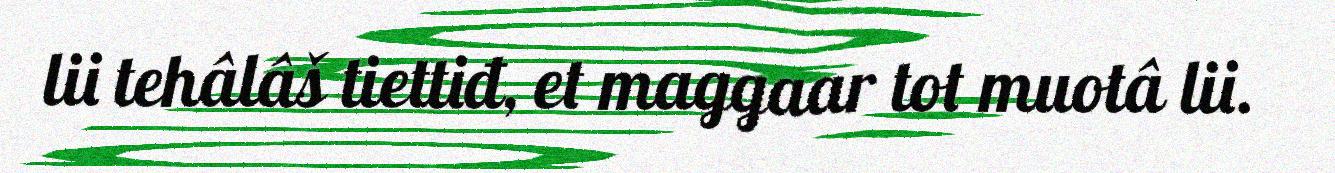
lii tehâlâš tiettiđ, et maggaar tot muotâ lii.